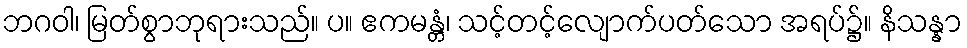
ဘဂဝါ၊ မြတ်စွာဘုရားသည်။ ပ။ ဧကမန္တံ၊ သင့်တင့်လျောက်ပတ်သော အရပ်၌။ နိသန္နာ